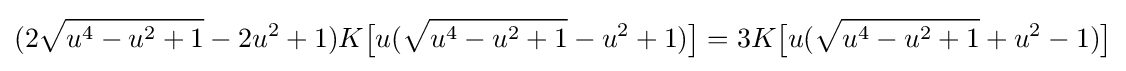
(2{\sqrt {u^{4}-u^{2}+1}}-2u^{2}+1)K{\bigl [}u({\sqrt {u^{4}-u^{2}+1}}-u^{2}+1){\bigr ]}=3K{\bigl [}u({\sqrt {u^{4}-u^{2}+1}}+u^{2}-1){\bigr ]}